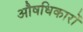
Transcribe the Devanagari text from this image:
औषधिकारों